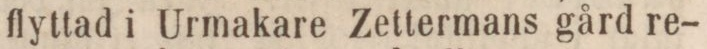
flyttad i Urmakare Zettermans gård re-